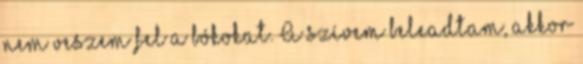
nem veszem fel a bókokat. A szívem beleadtam, akkor